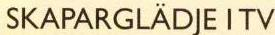
SKAPARGLÄDJE I TV